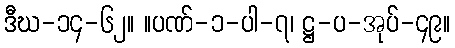
ဒီဃ-၁၄-၆၂။ ။ပဏ်-၁-ပါ-၇၊ ဋ္ဌ-ပ-အုပ်-၄၉။